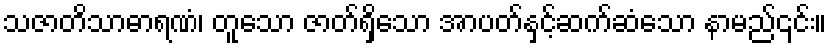
သဇာတိသာဓာရဏံ၊ တူသော ဇာတ်ရှိသော အာပတ်နှင့်ဆက်ဆံသော နာမည်၎င်း။